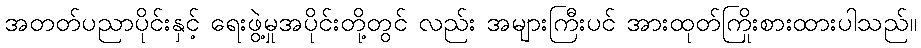
အတတ်ပညာပိုင်းနှင့် ရေးဖွဲ့မှုအပိုင်းတို့တွင် လည်း အများကြီးပင် အားထုတ်ကြိုးစားထားပါသည်။